Riigikantselei, lk 124
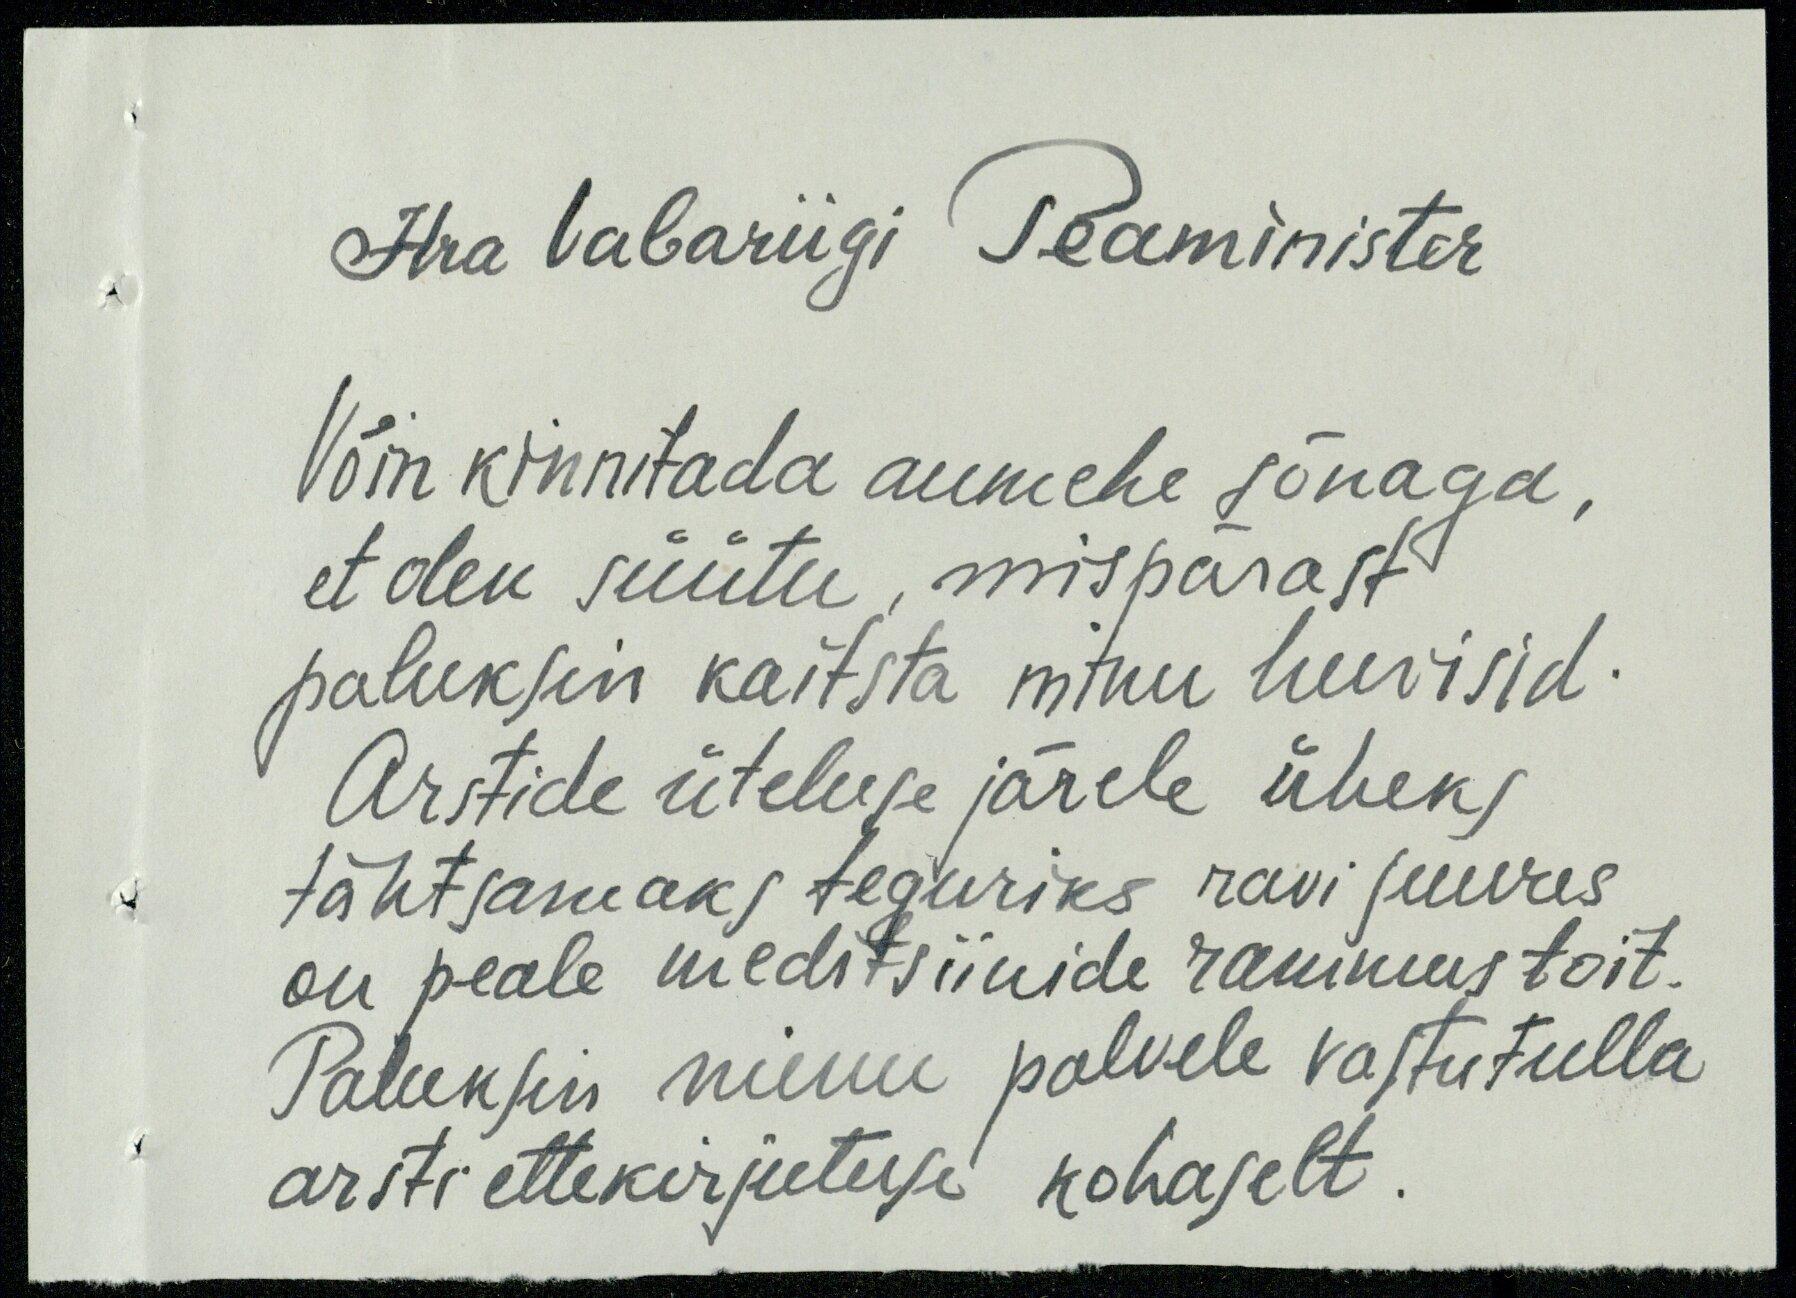
Hra Vabariigi Peaminister
Võin kinnitada aumehe sõnaga,
et olen süütu, mispärast
paluksin kaitsta mitnu huvisid.
Arstide üteluse järele üheks
tähtsamaks teguriks ravi juures
on peale meditsiinide ravimustoit.
Paluksin minu palvele vastu tulla
arsti ettekirjutuse kohaselt.